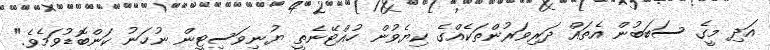
އަދި މީގެ ސަބަބުން އެތައް ދަރިވަރުންތަކެއްގެ ކިޔެވުން ހުއްޓޭނެތީ ޔުނިވަސިޓީން ނުހަނު ކަންބޮޑުވަމެވެ."